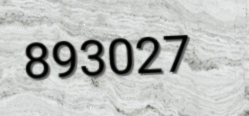
893027